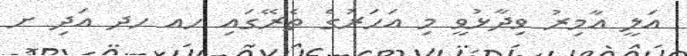
އަލީ އާމިރު ވިދާޅުވީ މި އަހަރުގެ ތެރޭގައި ހއ ހދ އަދި ށ